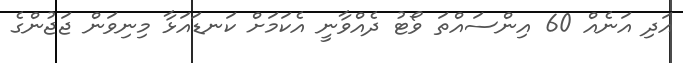
އަދި އަނެއް 60 އިންސައްތަ ވޯޓު ދެއްވާނީ އެކަމަށް ކަނޑައަޅާ މިނިވަން ޖަޖުންގެ